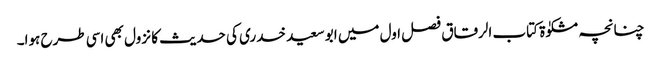
چنانچہ مشکوٰۃ کتاب الرقاق فصل اول میں ابو سعید خدری کی حدیث کا نزول بھی اسی طرح ہوا۔